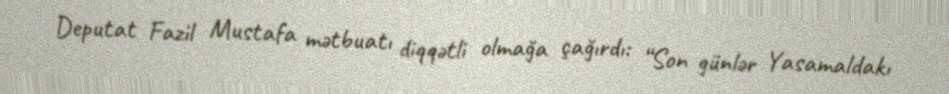
Deputat Fazil Mustafa mətbuatı diqqətli olmağa çağırdı: “Son günlər Yasamaldakı